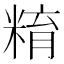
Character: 𥺞